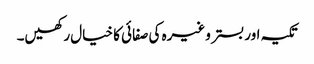
تکیہ اور بستر وغیرہ کی صفائی کا خیال رکھیں۔